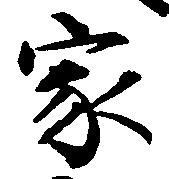
家